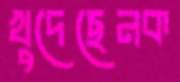
খুদেছেনক